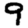
Digit: 9